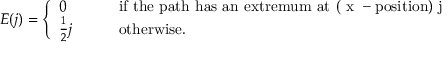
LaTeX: E ( j ) = \left\{ \begin{array} { l l } { { 0 } } & { { \mathrm { i f ~ t h e ~ p a t h ~ h a s ~ a n ~ e x t r e m u m ~ a t ~ ( ~ x ~ - p o s i t i o n ) ~ j ~ } } } \\ { { \frac { 1 } { 2 } j \qquad } } & { { \mathrm { o t h e r w i s e . } } } \end{array} \right.